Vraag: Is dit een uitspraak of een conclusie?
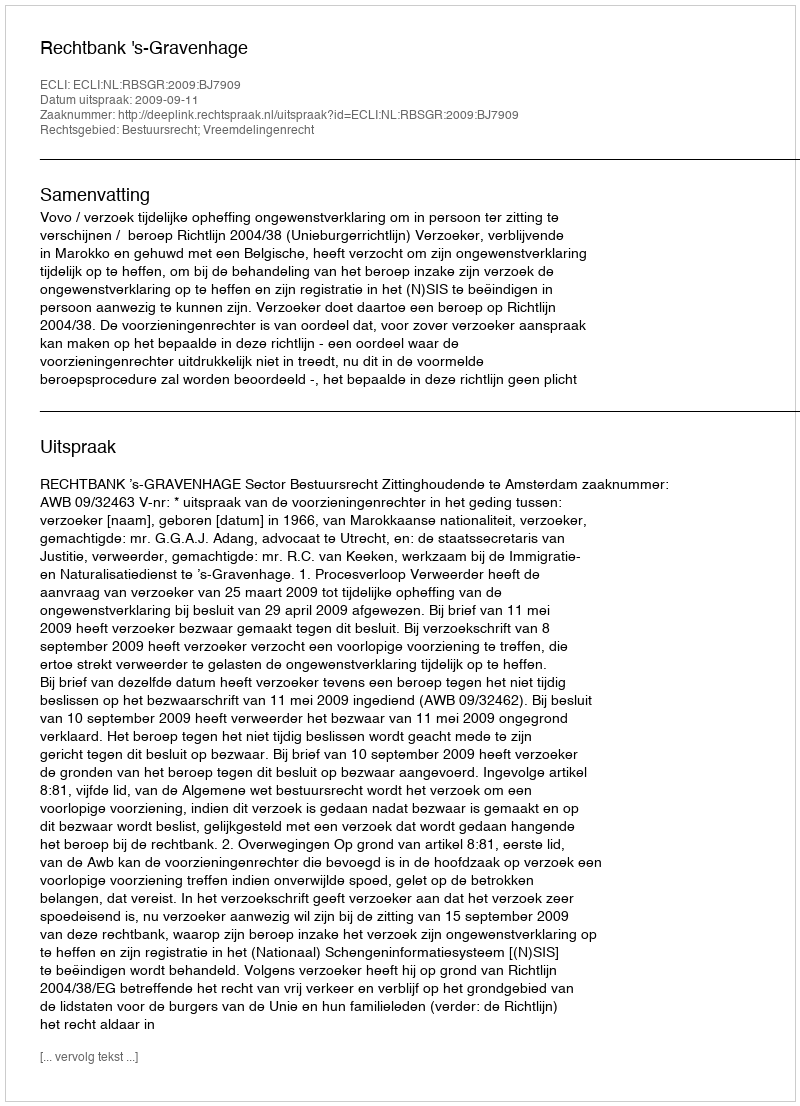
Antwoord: Uitspraak